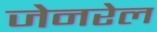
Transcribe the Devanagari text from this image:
जेनरेल